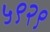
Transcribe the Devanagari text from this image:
५९२९